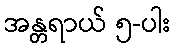
အန္တရာယ် ၅-ပါး